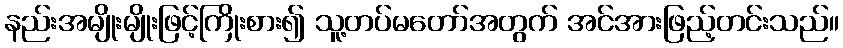
နည်းအမျိုးမျိုးဖြင့်ကြိုးစား၍ သူ့တပ်မတော်အတွက် အင်အားဖြည့်တင်းသည်။